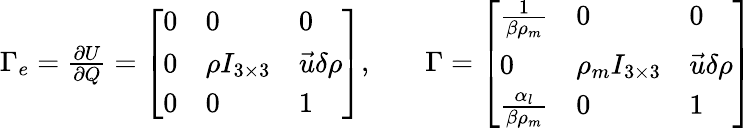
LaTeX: \begin{array}{rlr}{\Gamma_{e}=\frac{\partial U}{\partial Q}=\left[\begin{array}{lll}{0}&{0}&{0}\\ {0}&{\rho I_{3\times 3}}&{\vec{u}\delta\rho}\\ {0}&{0}&{1}\end{array}\right],}&{{}}&{\Gamma=\left[\begin{array}{lll}{\frac{1}{\beta\rho_{m}}}&{0}&{0}\\ {0}&{\rho_{m}I_{3\times 3}}&{\vec{u}\delta\rho}\\ {\frac{\alpha_{l}}{\beta\rho_{m}}}&{0}&{1}\end{array}\right]}\end{array}